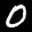
Label: 0